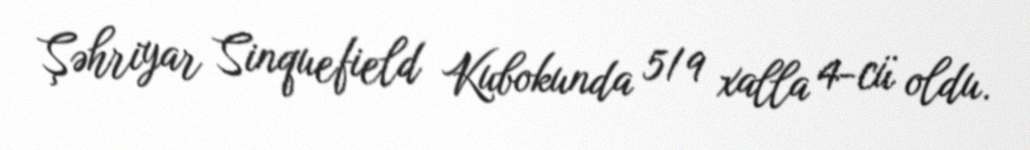
Şəhriyar Sinquefield Kubokunda 5/9 xalla 4-cü oldu.